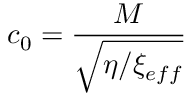
c _ { 0 } = \frac { M } { \sqrt { \eta / \xi _ { e f f } } }